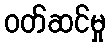
ဝတ်ဆင်မှု